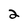
Character: 2